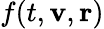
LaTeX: f(t,\mathbf{v},\mathbf{r})